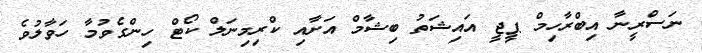
ނަސްރީނާ އިބްރާހިމް ޕީޖީ އައިޝަތު ބިޝާމް އަށާއި ކްރިމިނަލް ކޯޓް ހިންގެވުމާ ހަވާލުވެ